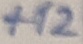
Text: +12